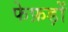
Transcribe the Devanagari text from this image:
फेफ़ड़ों